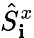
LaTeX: \hat{S}_{\mathbf i}^{x}